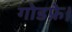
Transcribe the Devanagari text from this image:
गोडफ्रे।